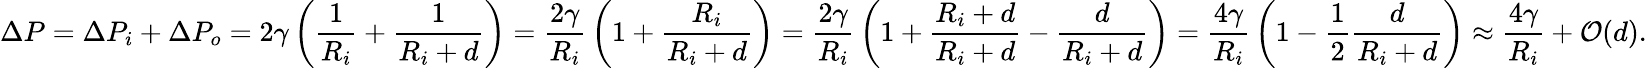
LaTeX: \Delta P=\Delta P_{i}+\Delta P_{o}=2\gamma\left({\frac{1}{R_{i}}}+{\frac{1}{R_{i}+d}}\right)={\frac{2\gamma}{R_{i}}}\left(1+{\frac{R_{i}}{R_{i}+d}}\right)={\frac{2\gamma}{R_{i}}}\left(1+{\frac{R_{i}+d}{R_{i}+d}}-{\frac{d}{R_{i}+d}}\right)={\frac{4\gamma}{R_{i}}}\left(1-{\frac{1}{2}}{\frac{d}{R_{i}+d}}\right)\approx{\frac{4\gamma}{R_{i}}}+{\mathcal{O}}(d).